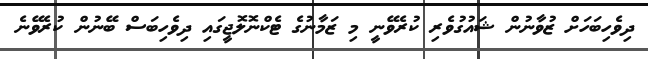
ދިވެހިބަހަށް ޒުވާނުން ޝައުގުވެރި ކުރެވޭނީ މި ޒަމާނުގެ ޓެކްނޮލޮޖީގައި ދިވެހިބަސް ބޭނުން ކުރެވޭނެ